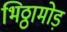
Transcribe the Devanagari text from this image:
भिठ्ठामोड़